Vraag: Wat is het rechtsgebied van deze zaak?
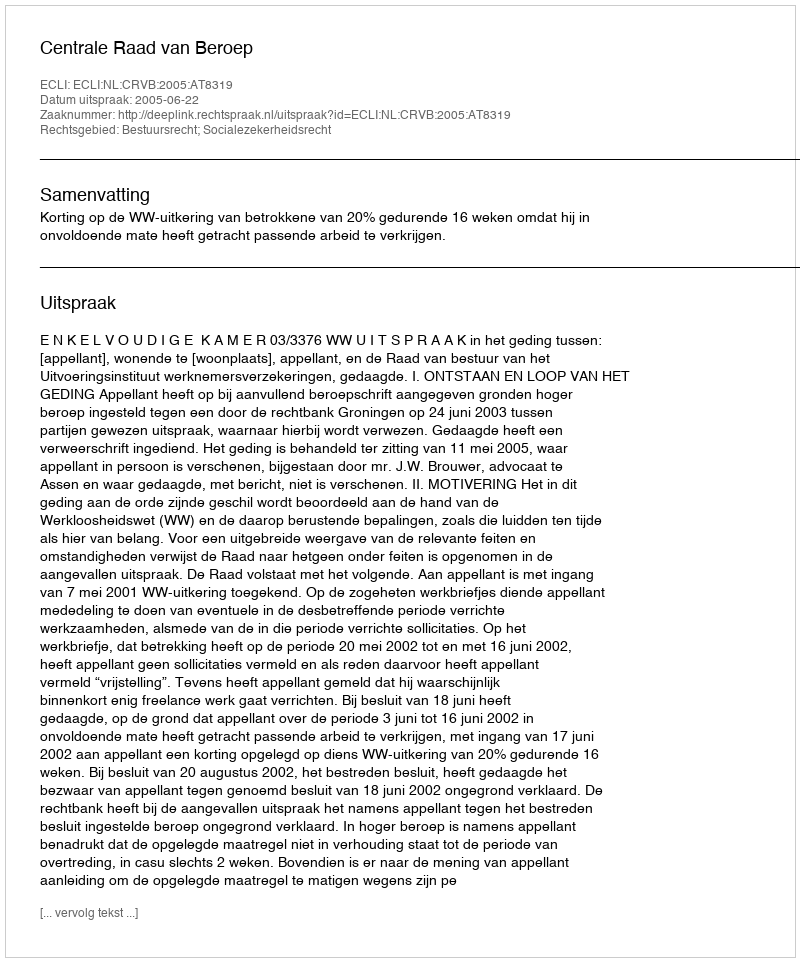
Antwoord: Bestuursrecht; Socialezekerheidsrecht